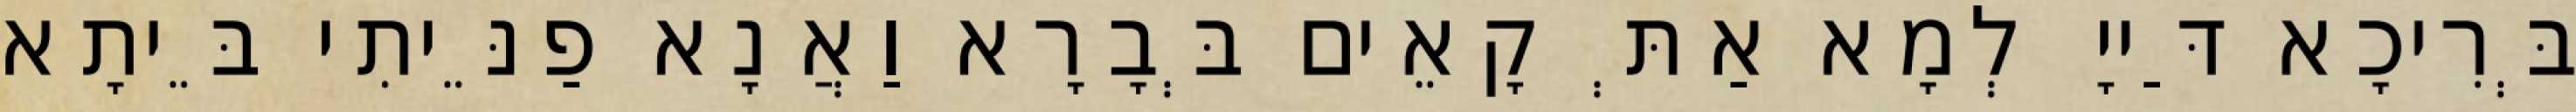
בְּרִיכָא דַּייָ לְמָא אַתְּ קָאֵים בְּבָרָא וַאֲנָא פַנֵּיתִי בֵּיתָא